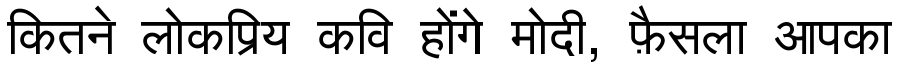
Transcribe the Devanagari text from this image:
कितने लोकप्रिय कवि होंगे मोदी, फ़ैसला आपका